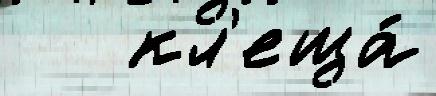
   кл'еща́